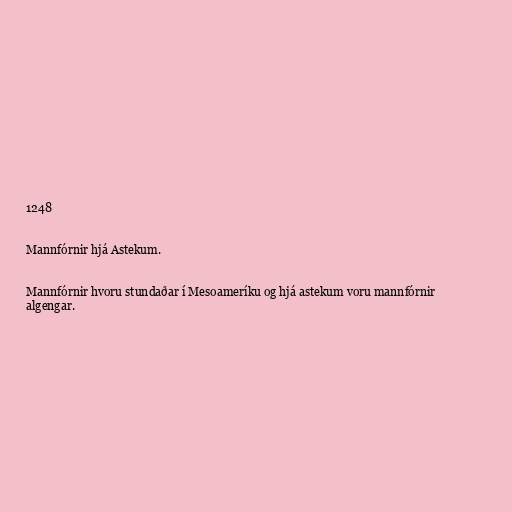
1248

Mannfórnir hjá Astekum.

Mannfórnir hvoru stundaðar í Mesoameríku og hjá astekum voru mannfórnir
algengar.